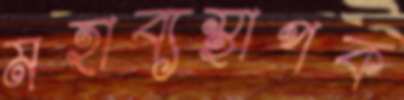
মহাব্যস্থাপক